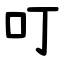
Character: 叮